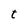
Character: t